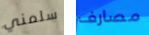
سلمني مصارف